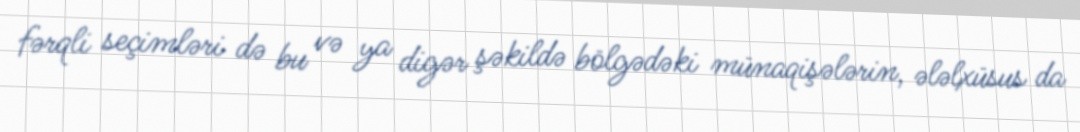
fərqli seçimləri də bu və ya digər şəkildə bölgədəki münaqişələrin, ələlxüsus da